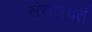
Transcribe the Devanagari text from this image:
संसारवर्त